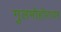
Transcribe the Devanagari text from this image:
गुलमोहोरावर